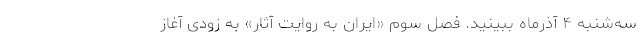
‌سه‌شنبه ۴ آذرماه ببینید. فصل سوم «ایران به روایت آثار» به زودی آغاز